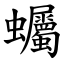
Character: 蠾